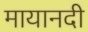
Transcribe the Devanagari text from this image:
मायानदी